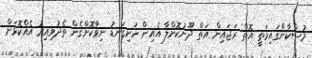
މުސްކާންގައިމަތީ އޮތް ރަޖައިން އަތް ދޫނުކޮށްލާ އެއިން ހަށިގަނޑު ނިވާކޮށްގެން ތެދުވިއިރު އެއްކޮޅަށް